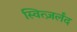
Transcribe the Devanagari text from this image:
स्वित्ज़र्लंद